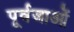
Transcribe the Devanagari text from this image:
पूर्वजाओं